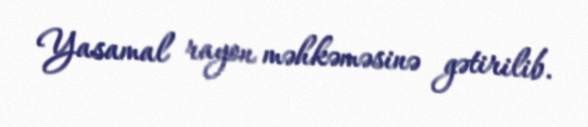
Yasamal rayon məhkəməsinə gətirilib.